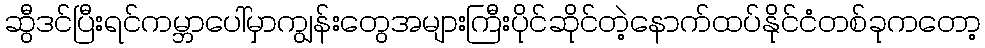
ဆွီဒင်ပြီးရင်ကမ္ဘာပေါ်မှာကျွန်းတွေအများကြီးပိုင်ဆိုင်တဲ့နောက်ထပ်နိုင်ငံတစ်ခုကတော့